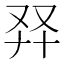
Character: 𠬺